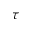
\tau